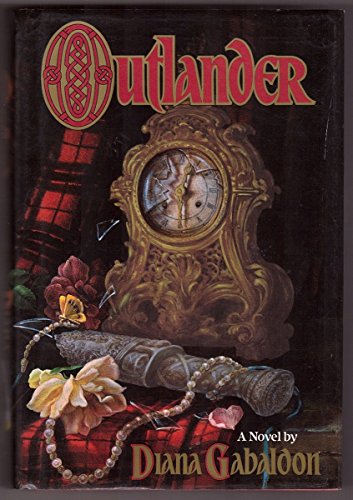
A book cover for Outlander; Diana Gabaldon; Romance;